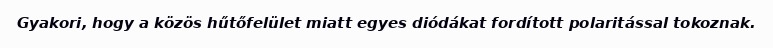
Gyakori, hogy a közös hűtőfelület miatt egyes diódákat fordított polaritással tokoznak.